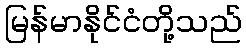
မြန်မာနိုင်ငံတို့သည်